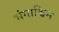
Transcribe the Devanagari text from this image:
भंगाश्विन